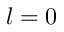
l = 0